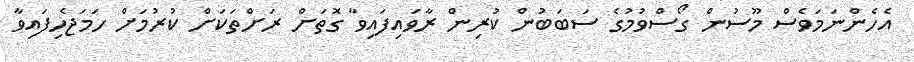
އެހެންނަމަވެސް މޫސުން ގޯސްވުމުގެ ސަބަބުން ކުރިން ރާވައިފައިވާ ގޮތަށް ރަށްތަކަށް ކުރުމަށް ހަމަޖެހިފައިވާ